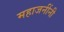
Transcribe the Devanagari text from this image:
महाजनींनी